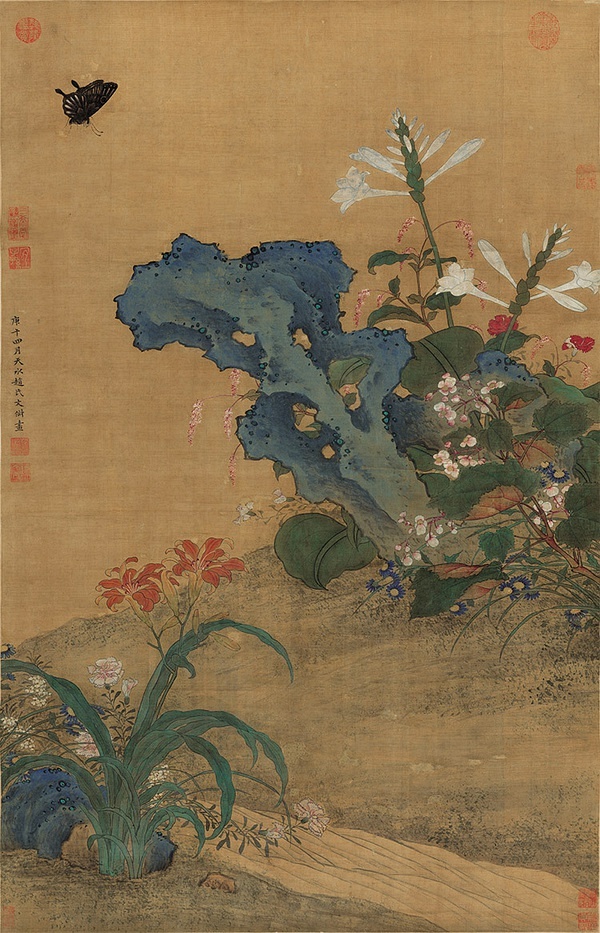
曲径穿花寻蛱蝶，虚阑傍日教鹦鹉。